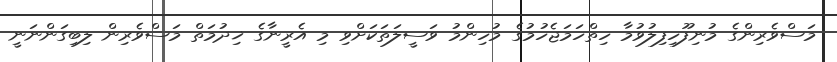
މަސްވެރިންގެ މުނިފޫހިފިލުވުމާ ހިތްހަމަޖެހުމުގެ މުހިންމު ވަސީލަތަކަށްވި މި އެރީނާގެ ޚިދުމަތް މަސްވެރިން ލިބިގަންނަނީ